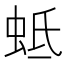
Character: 蚳